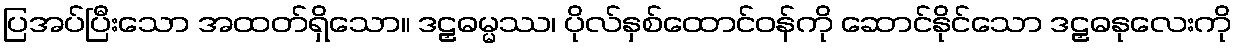
ပြအပ်ပြီးသော အထတ်ရှိသော။ ဒဠှဓမ္မဿ၊ ပိုလ်နှစ်ထောင်ဝန်ကို ဆောင်နိုင်သော ဒဠှဓနုလေးကို